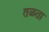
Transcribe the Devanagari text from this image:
तळता